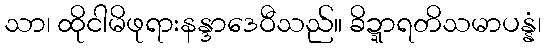
သာ၊ ထိုငါမိဖုရားနန္ဒာဒေဝီသည်။ ခိဍ္ဍာရတိသမာပန္နံ၊